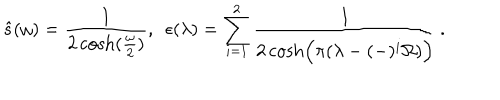
\hat { s } ( \omega ) = { \frac { 1 } { 2 \cosh ( { \frac { \omega } { 2 } } ) } } , ~ ~ \epsilon ( \lambda ) = \sum _ { i = 1 } ^ { 2 } { \frac { 1 } { 2 \cosh \Bigl ( \pi ( \lambda - ( - ) ^ { i } \Omega ) \Bigr ) } } \, .